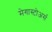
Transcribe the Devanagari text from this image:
मेगास्टोअर्स